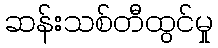
ဆန်းသစ်တီထွင်မှု